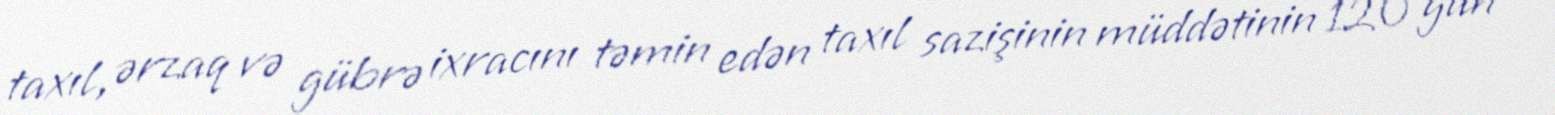
taxıl, ərzaq və gübrə ixracını təmin edən taxıl sazişinin müddətinin 120 gün